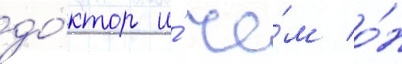
до́ктор и́ че́м о́н